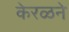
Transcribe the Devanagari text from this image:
केरळने